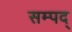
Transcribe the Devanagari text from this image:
सम्पद्